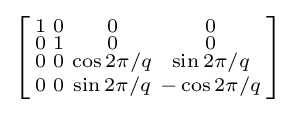
\left[{\begin{smallmatrix}1&0&0&0\\0&1&0&0\\0&0&\cos 2\pi /q&\sin 2\pi /q\\0&0&\sin 2\pi /q&-\cos 2\pi /q\\\end{smallmatrix}}\right]